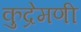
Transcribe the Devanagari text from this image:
कुद्रेमणी